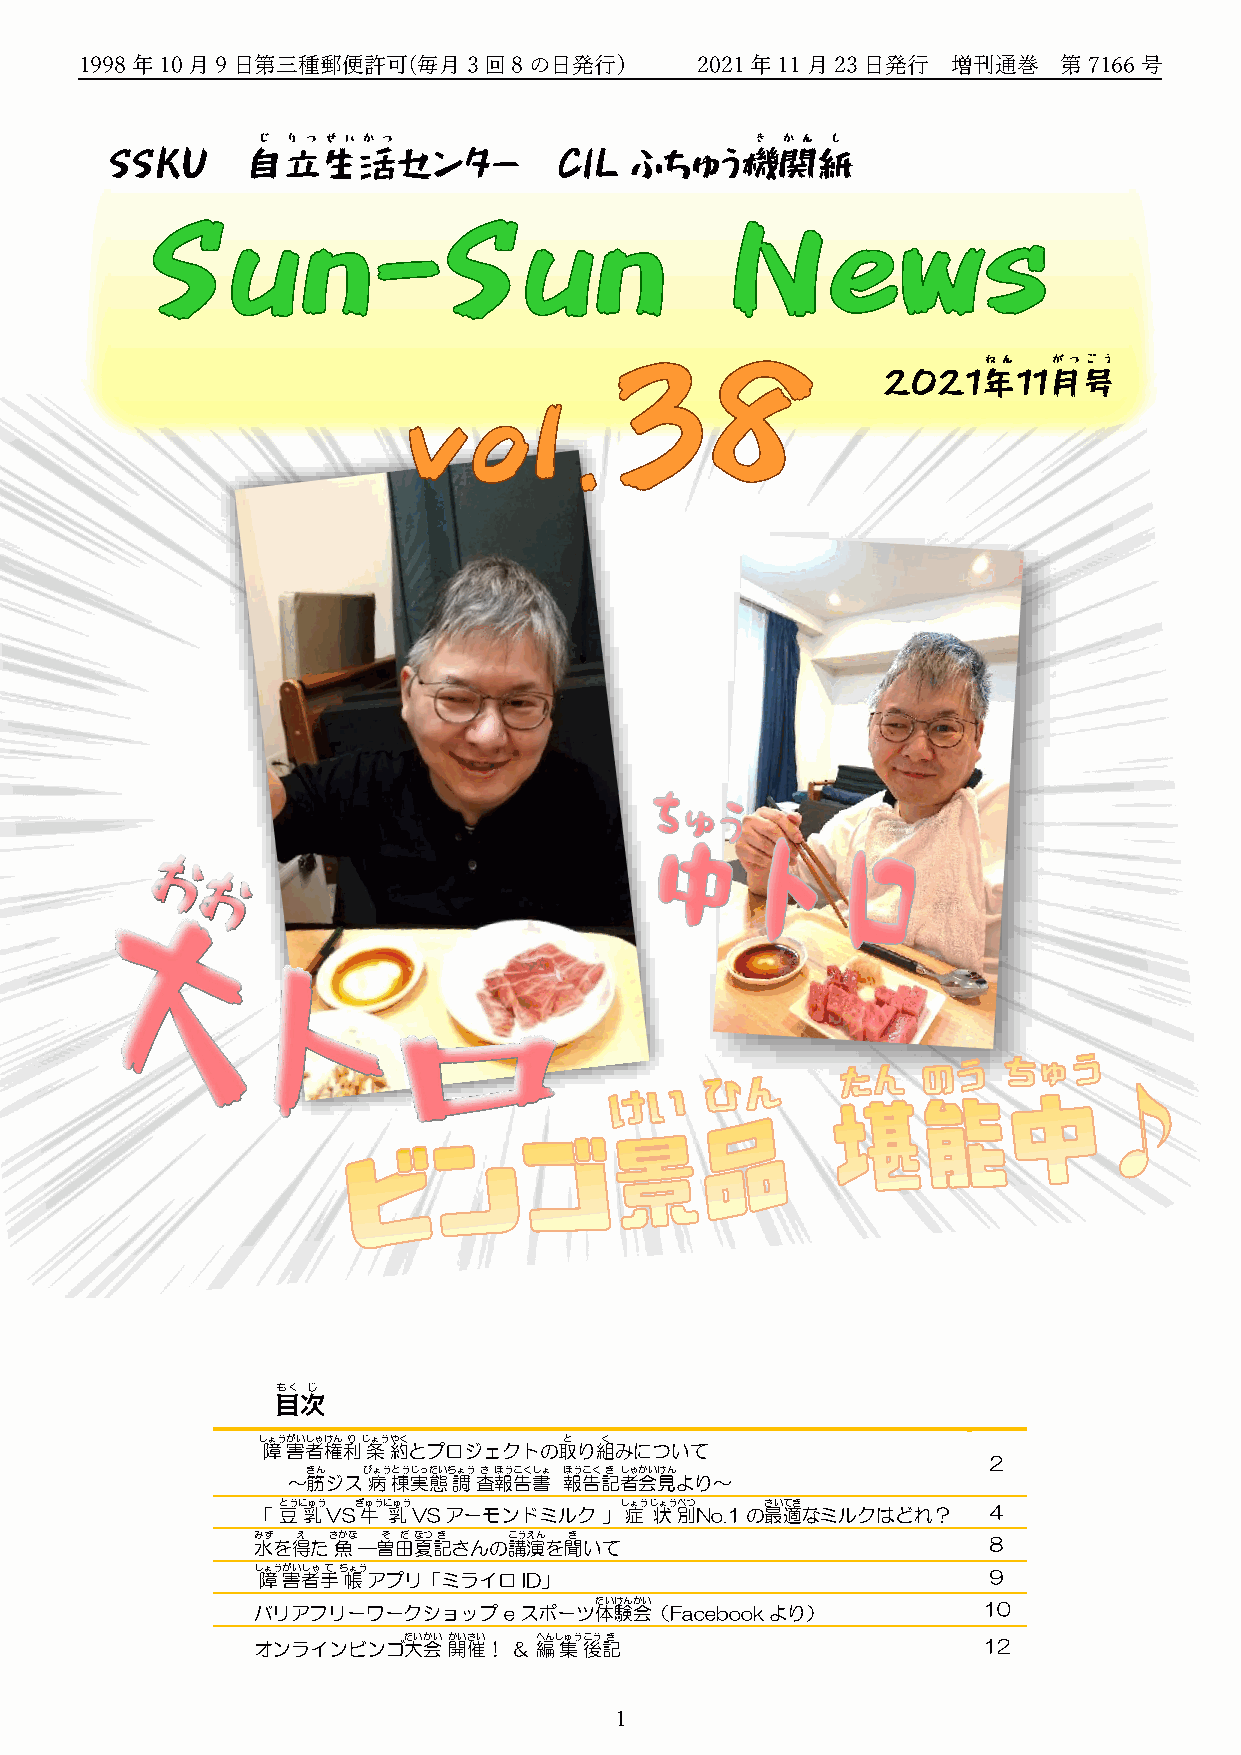
1998年10月9日第三種郵便許可(毎月3回8の日発行)             2021年11月23日発行    増刊通巻   第7166号
 じ り つ せ い か つ                    き か ん し
 SSKU     自立生活センター             CIL  ふちゅう機関紙
 ねん   がつ ご う
 2021年11月号
 もく じ
 目次
 し 障ょう 害がい 者しゃ 権けん 利りじ 条ょう 約やく とプロジェクトの取と り組く
 みについて
 ２
 ～筋きん ジスび 病ょう 棟とう 実じっ 態たいち 調ょう 査さ 報ほう 告こく 書しょ 報ほう 告こく 記き 者しゃ 会かい 見けん
 より～
 「 豆とうに 乳ゅう VSぎ 牛ゅうに 乳ゅう VSアーモンドミルク 」し 症ょうじ 状ょう 別べつ No.1の最さい 適てき なミルクはどれ？ ４
 水みず を得え たさ 魚かな ―曽そ 田だ 夏なつ 記き さんの講こう 演えん を聞き いて  ８
 し 障ょう 害がい 者しゃ 手てち 帳ょう アプリ「ミライロID」               ９
 バリアフリーワークショップ   eスポーツ体たい 験けん 会かい （Facebookより）   10
 オンラインビンゴ大たい 会かい 開かい 催さい ！ ＆ 編へんし 集ゅう 後こう 記き     12
 1